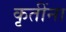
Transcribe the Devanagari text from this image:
कृतींना